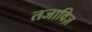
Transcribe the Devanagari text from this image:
तजाविज़